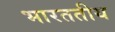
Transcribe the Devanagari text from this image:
भारततीय